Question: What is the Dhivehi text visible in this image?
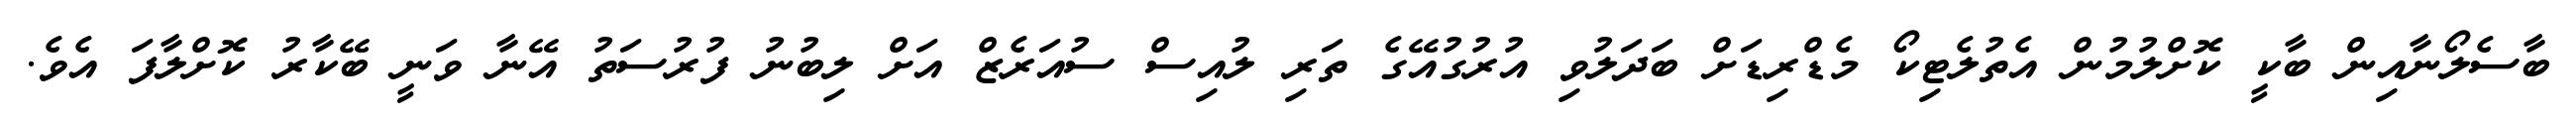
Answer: ބާސެލޯނާއިން ބާކީ ކޮށްލުމުން އެތުލެޓިކޯ މެޑްރިޑަށް ބަދަލުވި އުރުގުއޭގެ ތަރި ލުއިސް ސުއަރެޒް އަށް ލިބުނު ފުރުސަތު އޭނާ ވަނީ ބޭކާރު ކޮށްލާފަ އެވެ.